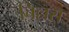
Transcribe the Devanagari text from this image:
चिल्लरा